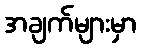
အချက်များမှာ